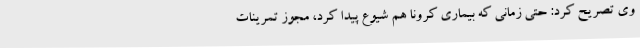
وی تصریح کرد: حتی زمانی که بیماری کرونا هم شیوع پیدا کرد، مجوز تمرینات